Materia medica of Madras volume I
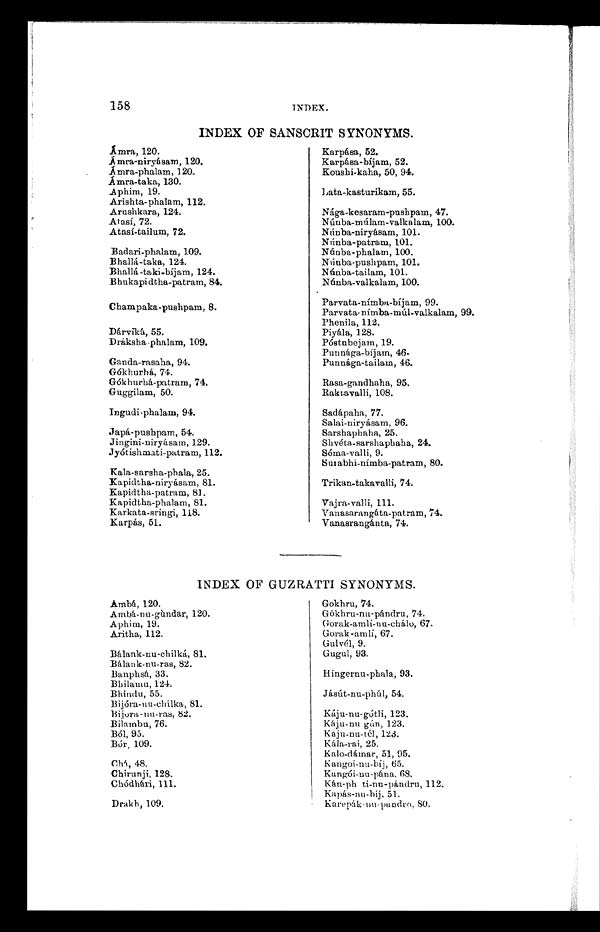
158
INDEX.
Åmbá, 120.
Ambá-nu-gùndar, 120.
Aphim, 19.
Aritha, 112.
Bálank-nu-chilkà, 81.
Bálank-nu-ras, 82.
Banphsá, 33.
Bhilamu, 124.
Bhindu, 55.
Bijóra,-nu-chilka, 81.
Bijora-nu-ras, 82.
Bilambu, 76.
Ból, 95.
Bór, 109.
Chá, 48.
Chirunji, 128.
Chódhári, 111.
Drakh, 109,
Gokhru, 74.
Gòkhru-nu-pándru , 74.
Gorak-amlí-nu-chálo, 67.
Gorak-amlí, 67.
Gulvél, 9.
Gugul, 93.
Hingernu-phala, 93.
Jásút-nu-phúl, 54.
Káju-nu-gótli, 123.
Káju-nu gún, 123.
Káju-nu-tél, 123.
Kála-rai, 25.
Kalo-dámar, 51, 95.
Kangoi-nu-bíj, 65.
Kangói-nu-pána, 68.
Kán-ph ti-nu-pándru, 112.
Kapás-nu-bij, 51.
Karepák-nu-pandro, 80,
INDEX OF SANSCRIT SYNONYMS,
Ámra, 120.
Ámra niryásam 120.
Árma-phalam, 120.
Ámra-taka, 130.
Aphim, 19.
Arishta-phalam, 112.
Arushkara, 124.
Atasí, 72.
Ataí-tailum, 72.
Badari-phalam, 109.
Bhallá-taka, 124.
Bhallá-taki-bíjam, 124.
Bhukapidtha-patram, 84.
Champaka-pushpam, 8.
Dárviká, 55.
Dráksha phalam, 109.
Ganda-rasaha, 94.
Gókhurhá, 74.
Gókhurhá-patram, 74.
Guggilam, 50.
Ingudi-phalam, 94.
Japá-pushpam, 54.
Jingini-niryásam, 129.
Jyótishmati-patram, 112.
Kala-sarsha-phala, 25.
Kapidtha-niryásam, 81.
Kapidtha-patram, 81.
Kapidtha-phalam, 81.
Karkata-sringi, 118.
Karpás, 51.
Karpása, 52.
Karpása-bíjam, 52.
Koushi-kaha, 50, 94.
Lata-kasturikam, 55.
Nága-kesaram-pushpam, 47.
Núnba-múilam-valkalam, 100.
Núnba-niryásam,- 101.
Núnba-patram, 101.
Nùnba-phalam, 100.
Núnba-pushpam, 101.
Núnba-tailam, 101.
Núnba-valkalam, 100.
Parvata-nímba-bíjam, 99.
Parvata. nímba-múl-valkalam, 99.
Phenila, 112.
Piyála, 128.
Póstubejam, 19.
Punnága-bíjam, 46.
Punnága-tailam, 46.
Rasa-gandhaha, 95.
Raktavalli, 108.
Sadápaha, 77.
Salai-niryásam, 96.
Sarshaphaha, 25.
Shvéta-sarshaphaha, 24.
Sóma-valli, 9.
Surarbhi-nímba-patram, 80.
Trikan-takavalli, 74.
Vajra-valli, 111.
Vanasarangáta-patram, 74.
Vanasrangánta, 74.
INDEXOF GUZRATTI SYNONYMS.